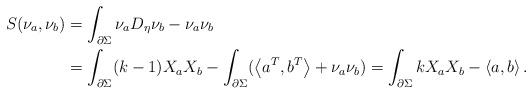
LaTeX: \begin{align*}S(\nu_a, \nu_b) &=\int_{\partial \Sigma}\nu_a D_\eta \nu_b-\nu_a\nu_b\\&=\int_{\partial \Sigma}(k-1)X_a X_b-\int_{\partial \Sigma}(\left\langle{a^T,b^T}\right\rangle+\nu_a\nu_b)=\int_{\partial \Sigma}kX_a X_b-\left\langle{a,b}\right\rangle.\end{align*}